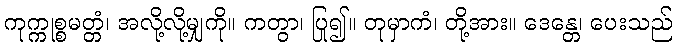
ကုက္ကုစ္စမတ္တံ၊ အလို့လို့မျှကို။ ကတွာ၊ ပြု၍။ တုမှာကံ၊ တို့အား။ ဒေန္တေ၊ ပေးသည်